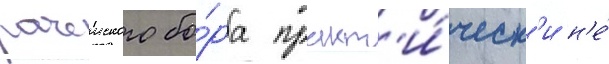
рачеиского бо́ра практ'и́ческ'и н'е́